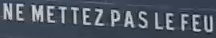
NE METTEZ PAS LE FEU